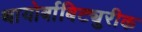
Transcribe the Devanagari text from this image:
थायोर्बाबिट्युरीक